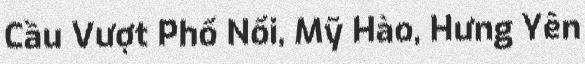
Cầu Vượt Phố Nối, Mỹ Hào, Hưng Yên